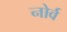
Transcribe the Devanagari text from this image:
नोर्व